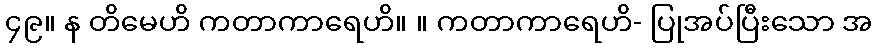
၄၉။ န တိမေဟိ ကတာကာရေဟိ။ ။ ကတာကာရေဟိ- ပြုအပ်ပြီးသော အ